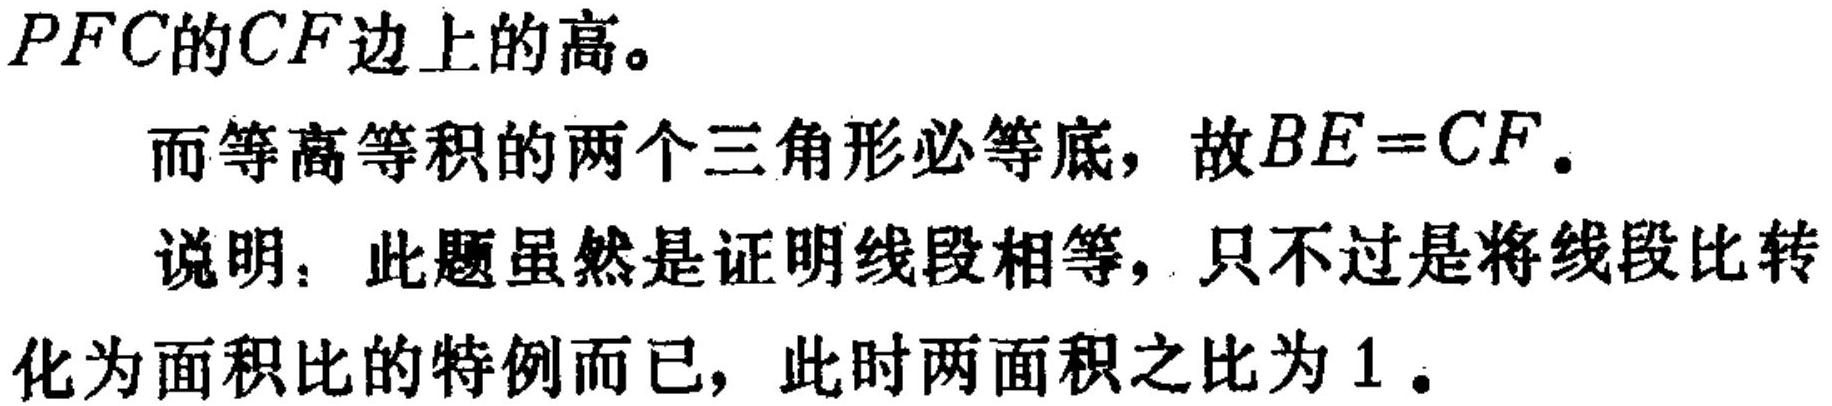
\(PFC\)的\(CF\)边上的高。
而等高等积的两个三角形必等底，故\(BE = CF\)。
说明：此题虽然是证明线段相等，只不过是将线段比转化为面积比的特例而已，此时两面积之比为\(1\)。